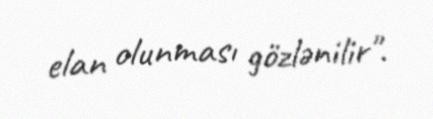
elan olunması gözlənilir".